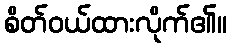
စိတ်ဝယ်ထားလိုက်၏။